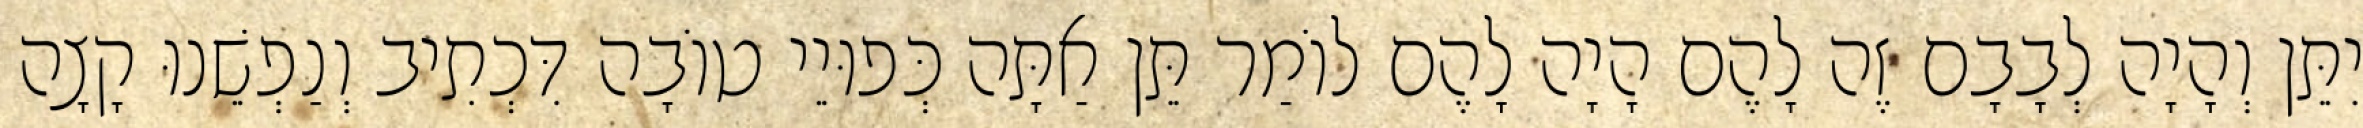
יִתֵּן וְהָיָה לְבָבָם זֶה לָהֶם הָיָה לָהֶם לוֹמַר תֵּן אַתָּה כְּפוּיֵי טוֹבָה דִּכְתִיב וְנַפְשֵׁנוּ קָצָה